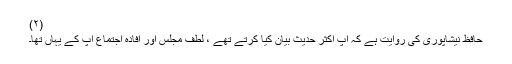
(۲)
حافظ نیشاپوری کی روایت ہے کہ آپ اکثر حدیث بیان کیا کرتے تھے ، لطف مجلس اور افادۂ اجتماع آپ کے یہاں تھا۔